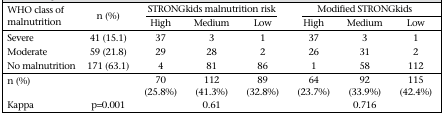
<table><thead><tr><td rowspan="2"><b>WHO class of malnutrition</b></td><td rowspan="2"><b>n (%)</b></td><td colspan="3"><b>STRONGkids malnutrition risk</b></td><td colspan="3"><b>Modified STRONGkids</b></td></tr><tr><td><b>High</b></td><td><b>Medium</b></td><td><b>Low</b></td><td><b>High</b></td><td><b>Medium</b></td><td><b>Low</b></td></tr></thead><tbody><tr><td>Severe</td><td>41 (15.1)</td><td>37</td><td>3</td><td>1</td><td>37</td><td>3</td><td>1</td></tr><tr><td>Moderate</td><td>59 (21.8)</td><td>29</td><td>28</td><td>2</td><td>26</td><td>31</td><td>2</td></tr><tr><td>No malnutrition</td><td>171 (63.1)</td><td>4</td><td>81</td><td>86</td><td>1</td><td>58</td><td>112</td></tr><tr><td>n (%)</td><td></td><td>70 (25.8%)</td><td>112 (41.3%)</td><td>89 (32.8%)</td><td>64 (23.7%)</td><td>92 (33.9%)</td><td>115 (42.4%)</td></tr><tr><td>Kappa</td><td>p=0.001</td><td></td><td>0.61</td><td></td><td></td><td>0.716</td><td></td></tr></tbody></table>